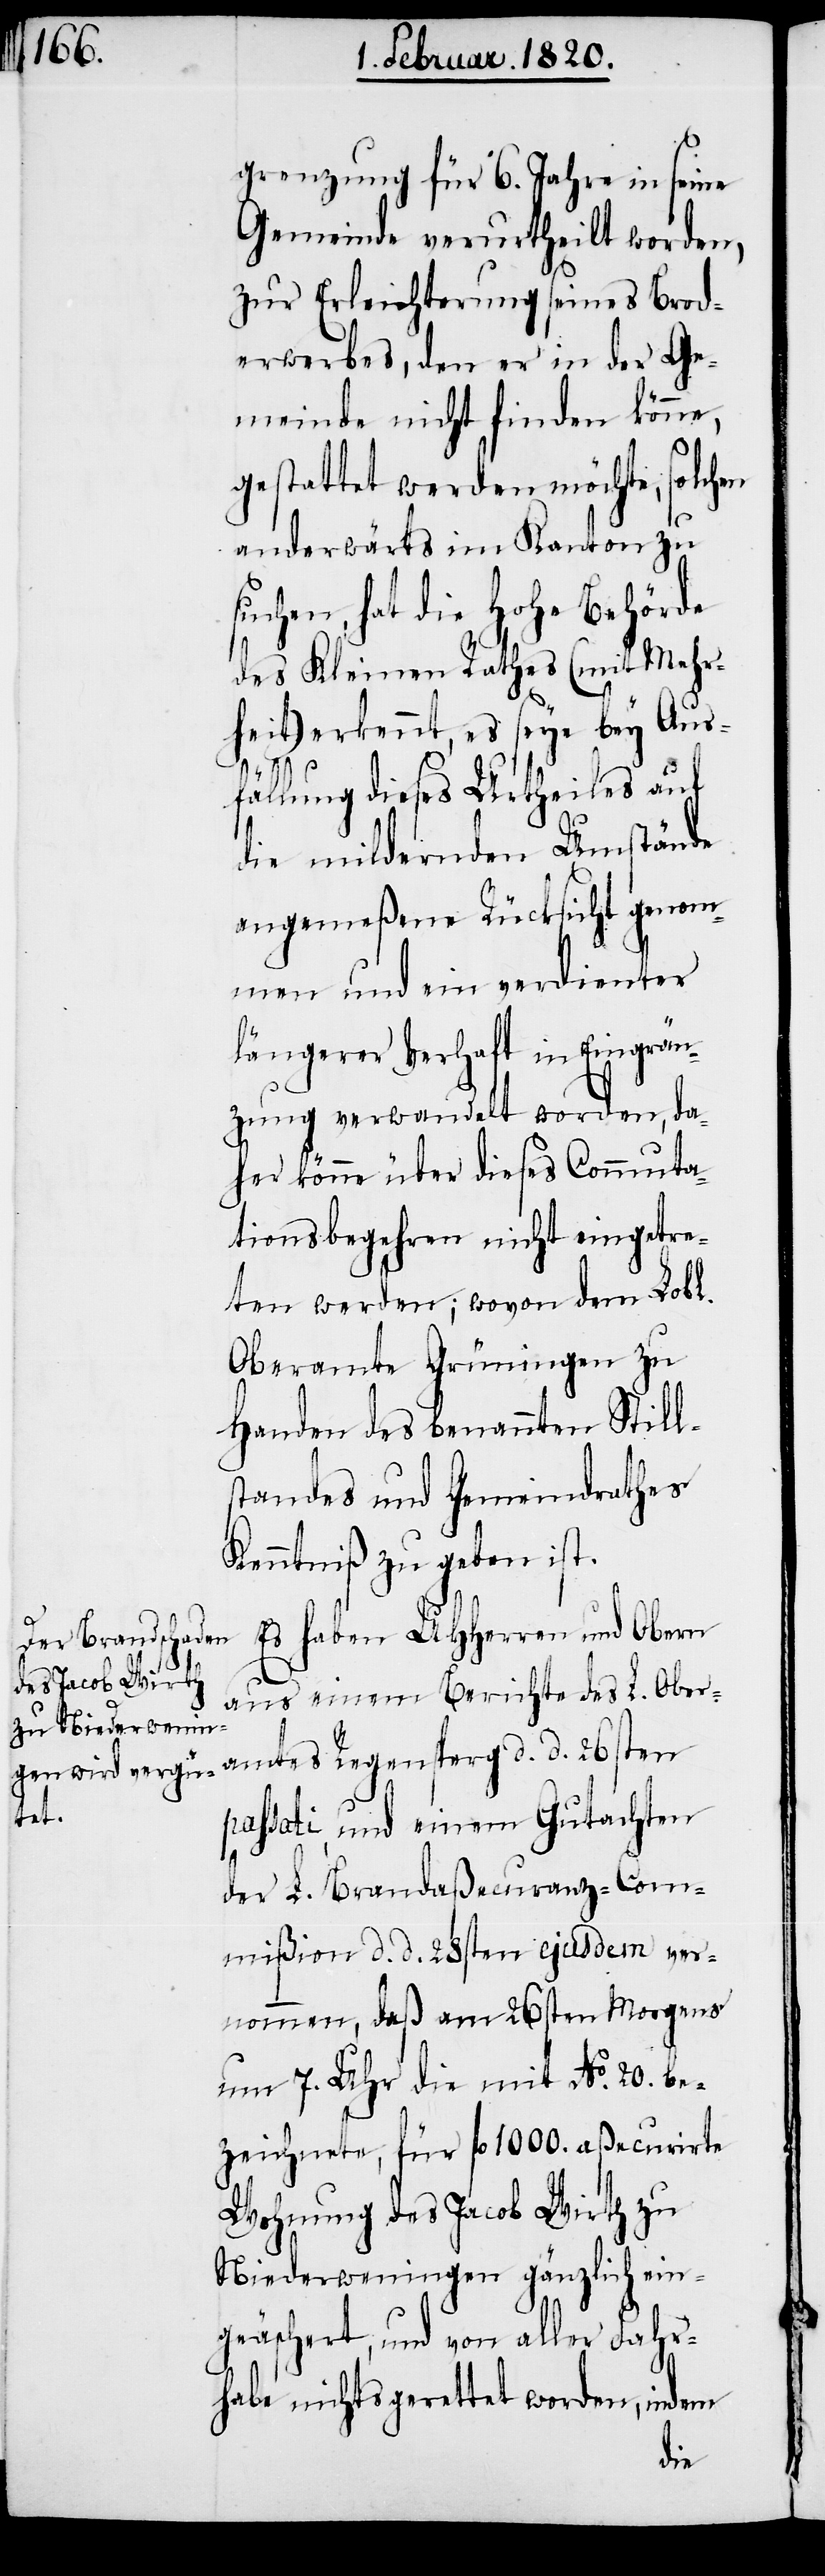
grenzung für 6. Jahre in seine
Gemeinde verurtheilt worden,
zur Erleichterung seines Brod¬
erwerbes, den er in der Ge¬
meinde nicht finden könne,
gestattet werden möchte, solchen
anderwärts im Kanton zu
suchen, hat die Hohe Behörde
des Kleinen Rathes (mit Mehr¬
heit) erkennt, es seye bey Aus¬
fällung dieses Urtheiles auf
die mildernden Umstände
angemeßene Rücksicht genom¬
men und ein verdienter
längerer Verhaft in Eingrän¬
zung verwandelt worden, da¬
her könne über dieses Commuta¬
tionsbegehren nicht eingetre¬
ten werden; wovon dem Lobl.
Oberamte Grüningen zu
Handen des benannten Still¬
standes und Gemeindrathes
Kenntniß zu gegeben ist.
Es haben UHHerren und Obern
aus einem Berichte des L. Ober¬
amtes Regensperg d. d. 26sten
passati, und einem Gutachten
der L. Brandaßecuranz-Com¬
mißion d. d. 28sten ejusdem ver¬
nommen, daß am 26sten Morgens
um 7. Uhr die mit No. 20. be¬
zeichnete, für fl 1000. aßecurirte
Wohnung des Jacob Wirth zu
Niederweningen gänzlich ein¬
geäschert, und von aller Fahr¬
habe nichts gerettet worden, indem